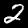
Digit: 2